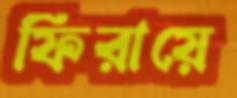
ফিরায়ে